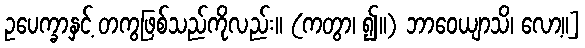
ဥပေက္ခာနှင့် တကွဖြစ်သည်ကိုလည်း။ (ကတွာ၊ ၍။) ဘာဝေယျာသိ၊ လော့။]